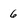
Character: 6